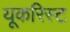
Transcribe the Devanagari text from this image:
यूकरिस्ट